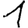
Digit: 1